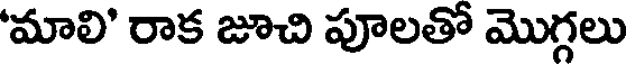
'మాలి' రాక జూచి పూలతో మొగ్గలు